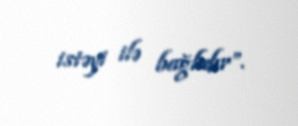
istəyi ilə bağlıdır”.